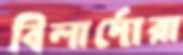
বিলার্দোরা